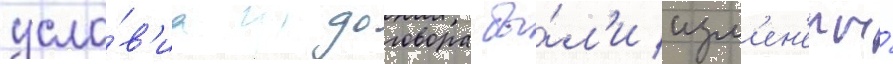
усло́в'иа договора бы́л'и изм'ен'ены́